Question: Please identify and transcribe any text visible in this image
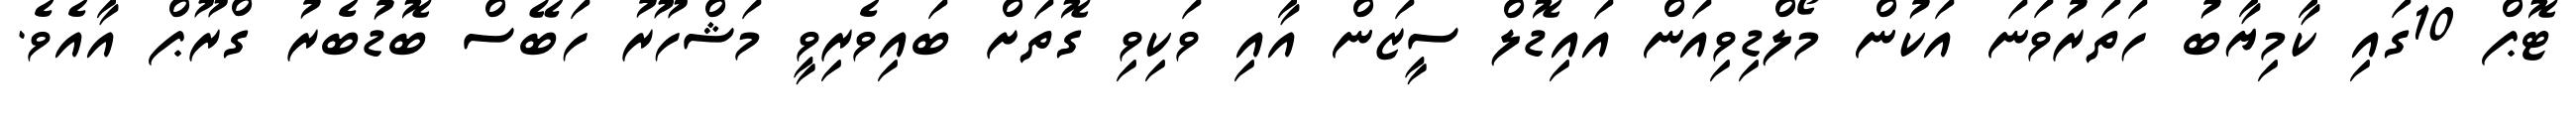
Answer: ޓޮޕް 10ގައި ކާމިޔާބު ހަތަރުވަނަ އަކުން މޯލްޑިވިއަން އައިޑޮލް ސީޒަން އާއި ވަކިވި ގޮތަށް ބައިވެރިވީ މަޝްހޫރު ހަބޭސް ބޮޑުބެރު ގްރޫޕް އާއެވެ.